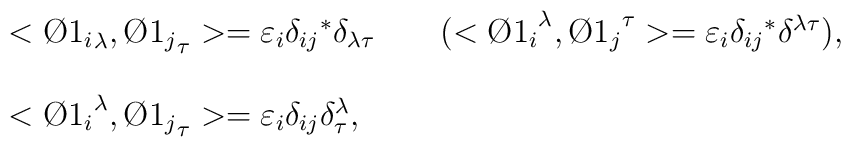
\begin{array}{ll}<{\O1_{i}}_{\lambda},{\O1_{j}}_{\tau}>=\varepsilon_{i}\delta_{ij}{}^{*}\delta_{\lambda\tau} \qquad (<{\O1_{i}}^{\lambda},{\O1_{j}}^{\tau}>=\varepsilon_{i}\delta_{ij}{}^{*}\delta^{\lambda\tau}),\\\\<{\O1_{i}}^{\lambda},{\O1_{j}}_{\tau}>=\varepsilon_{i}\delta_{ij}\delta^{\lambda}_{\tau},\end{array}